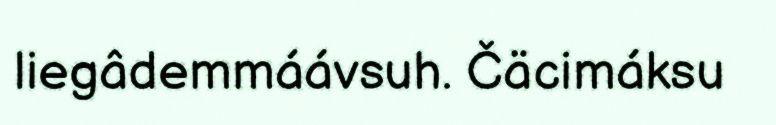
liegâdemmáávsuh. Čäcimáksu